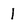
Character: 1